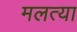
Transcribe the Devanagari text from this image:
मलत्या